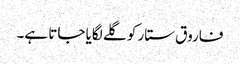
فاروق ستار کو گلے لگایا جاتا ہے۔